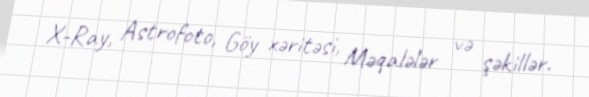
X-Ray, Astrofoto, Göy xəritəsi, Məqalələr və şəkillər.